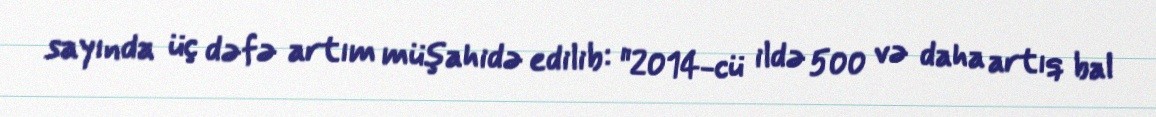
sayında üç dəfə artım müşahidə edilib: "2014-cü ildə 500 və daha artıq bal